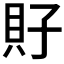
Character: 𧴯